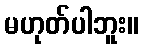
မဟုတ်ပါဘူး။